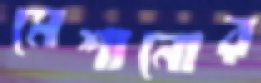
মেশানোর